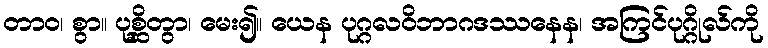
တာဝ၊ စွာ။ ပုစ္ဆိတွာ၊ မေး၍။ ယေန ပုဂ္ဂလဝိဘာဂဒဿနေန၊ အကြင်ပုဂ္ဂိုလ်ကို